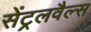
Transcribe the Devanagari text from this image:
सेंट्रलवैल्स